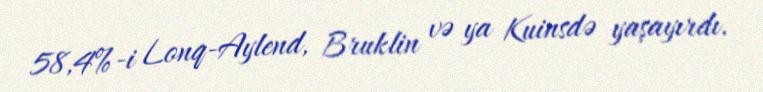
58,4%-i Lonq-Aylend, Bruklin və ya Kuinsdə yaşayırdı.